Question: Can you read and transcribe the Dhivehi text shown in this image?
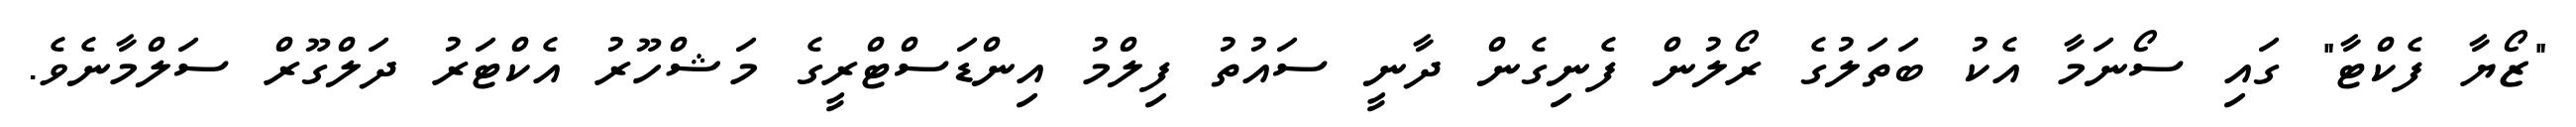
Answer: "ޒޯޔާ ފެކްޓާ" ގައި ސޯނަމާ އެކު ބަތަލުގެ ރޯލުން ފެނިގެން ދާނީ ސައުތު ފިލްމު އިންޑަސްޓްރީގެ މަޝްހޫރު އެކްޓަރު ދަލްގޫރް ސަލްމާނެވެ.